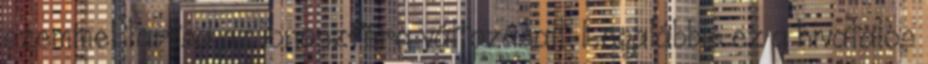
szemmel tartsa az ionoszféra változásait. Legalábbis ez a hivatalos